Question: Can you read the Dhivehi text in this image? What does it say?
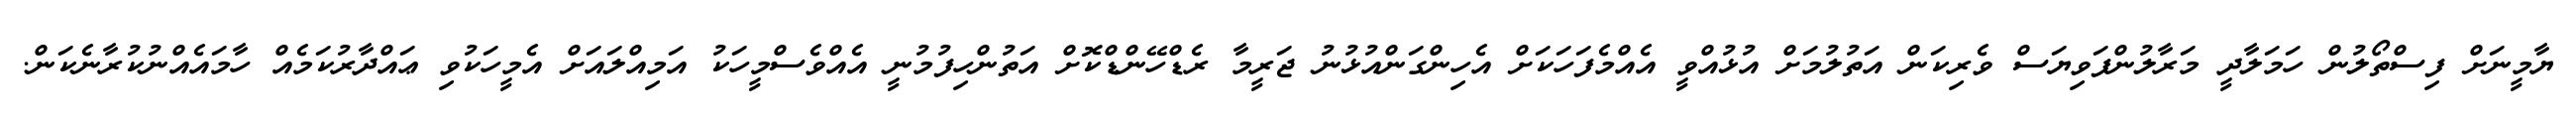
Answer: ޔާމީނަށް ފިސްތޯލުން ހަމަލާދީ މަރާލުންފަވިޔަސް ވެރިކަން އަތުލުމަށް އުޅުއްވީ އެއްމެފަހަކަށް އެހިންގަންއުޅުނު ޖަރީމާ ރެޑްހޭންޑްކޮށް އަތުންހިފުމުނީ އެއްވެސްމީހަކު އަމިއްލައަށް އެމީހަކުވި ޢައްދާރުކަމެއް ހާމައެއްނުކުރާނެކަން.